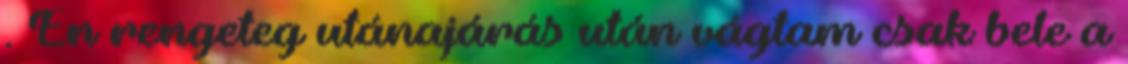
. Én rengeteg utánajárás után vágtam csak bele a